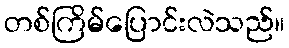
တစ်ကြိမ်ပြောင်းလဲသည်။